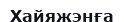
Хайяжэнға